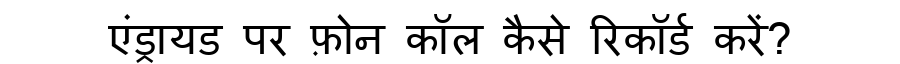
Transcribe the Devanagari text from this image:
एंड्रायड पर फ़ोन कॉल कैसे रिकॉर्ड करें?